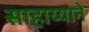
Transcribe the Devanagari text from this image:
साहाय्यानें